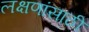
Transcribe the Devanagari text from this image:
लक्षणांसाठी